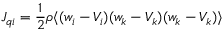
J _ { q i } = { \frac { 1 } { 2 } } \rho \langle ( w _ { i } - V _ { i } ) ( w _ { k } - V _ { k } ) ( w _ { k } - V _ { k } ) \rangle